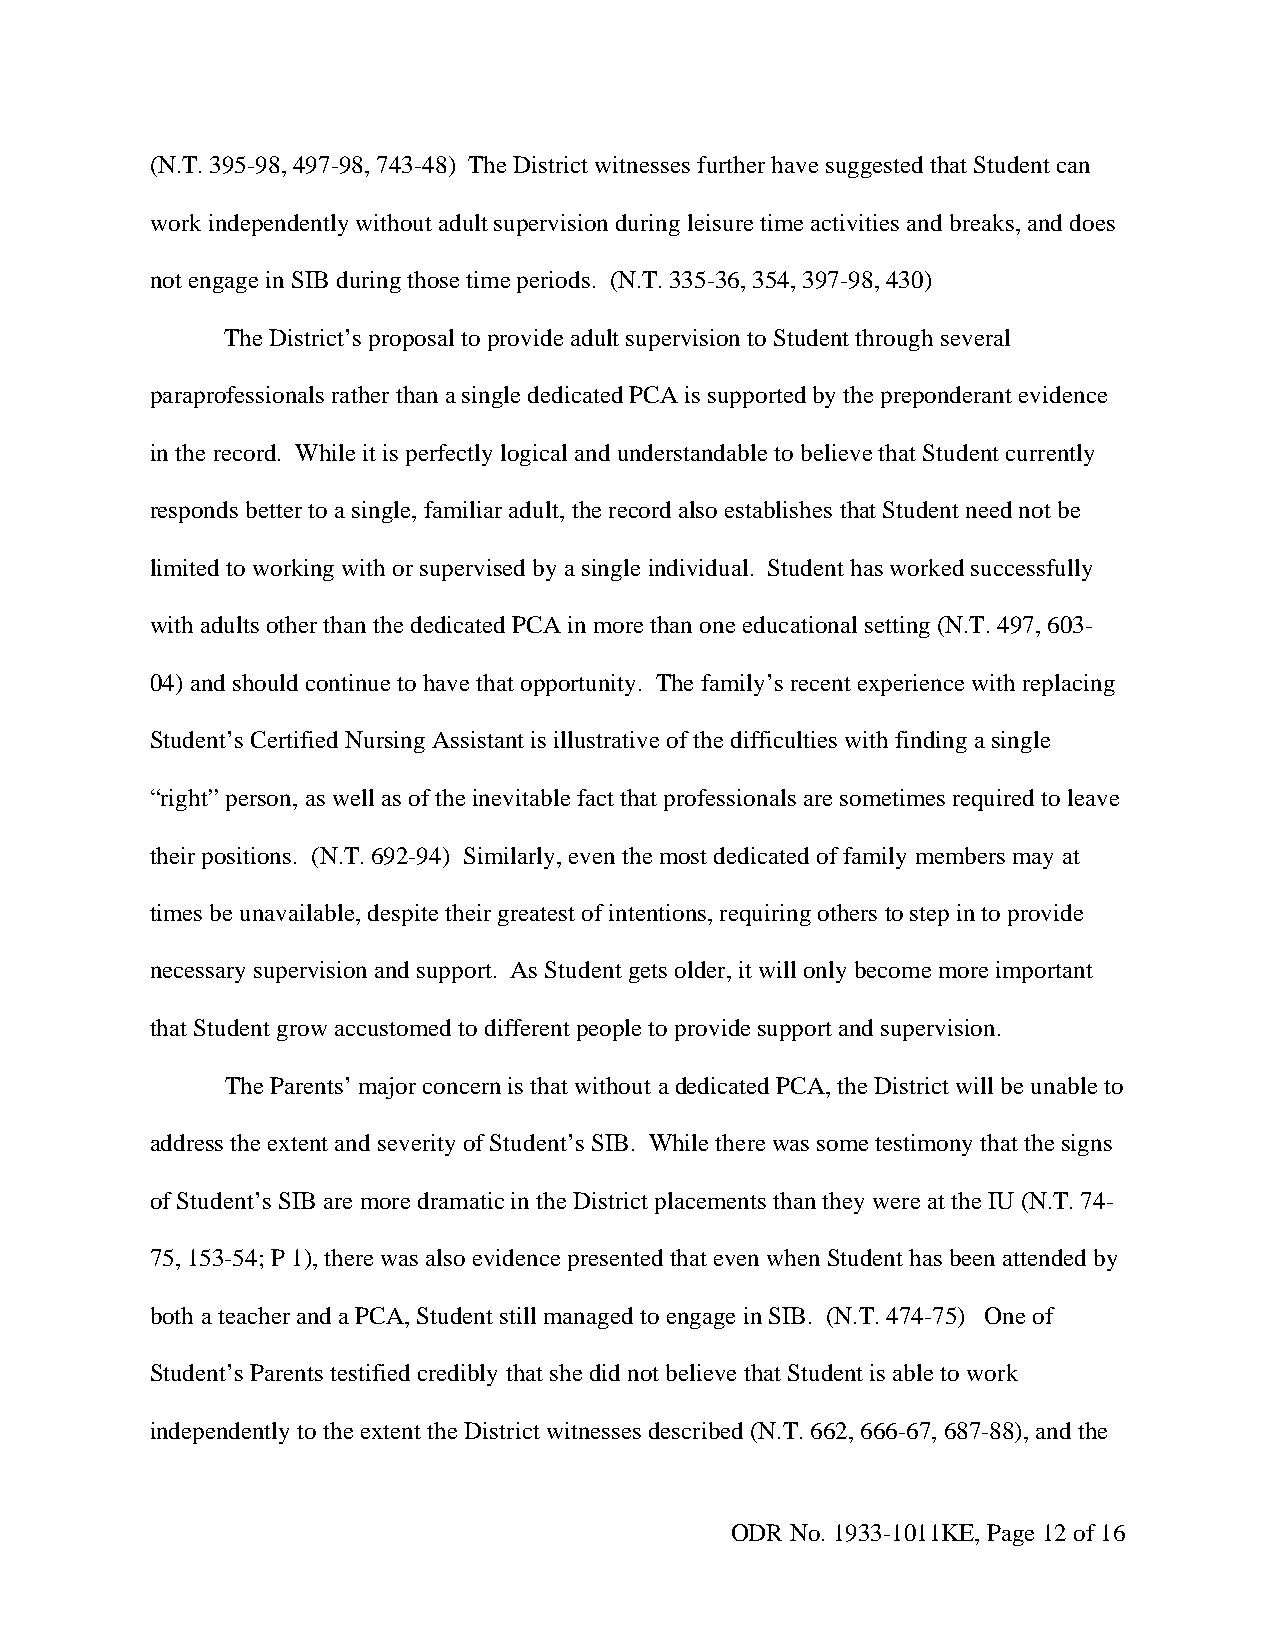
(N.T. 395-98, 497-98, 743-48) The District witnesses further have suggested that Student can
 work independently without adult supervision during leisure time activities and breaks, and does
 not engage in SIB during those time periods. (N.T. 335-36, 354, 397-98, 430)
 The District’s proposal to provide adult supervision to Student through several
 paraprofessionals rather than a single dedicated PCA is supported by the preponderant evidence
 in the record. While it is perfectly logical and understandable to believe that Student currently
 responds better to a single, familiar adult, the record also establishes that Student need not be
 limited to working with or supervised by a single individual. Student has worked successfully
 with adults other than the dedicated PCA in more than one educational setting (N.T. 497, 603-
 04) and should continue to have that opportunity. The family’s recent experience with replacing
 Student’s Certified Nursing Assistant is illustrative of the difficulties with finding a single
 “right” person, as well as of the inevitable fact that professionals are sometimes required to leave
 their positions. (N.T. 692-94) Similarly, even the most dedicated of family members may at
 times be unavailable, despite their greatest of intentions, requiring others to step in to provide
 necessary supervision and support. As Student gets older, it will only become more important
 that Student grow accustomed to different people to provide support and supervision.
 The Parents’ major concern is that without a dedicated PCA, the District will be unable to
 address the extent and severity of Student’s SIB. While there was some testimony that the signs
 of Student’s SIB are more dramatic in the District placements than they were at the IU (N.T. 74-
 75, 153-54; P 1), there was also evidence presented that even when Student has been attended by
 both a teacher and a PCA, Student still managed to engage in SIB. (N.T. 474-75) One of
 Student’s Parents testified credibly that she did not believe that Student is able to work
 independently to the extent the District witnesses described (N.T. 662, 666-67, 687-88), and the
 ODR No. 1933-1011KE, Page 12 of 16